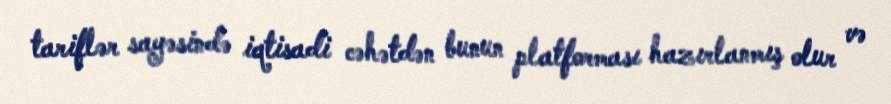
tariflər sayəsində iqtisadi cəhətdən bunun platforması hazırlanmış olur və